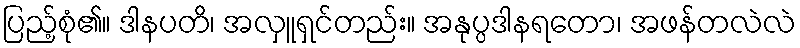
ပြည့်စုံ၏။ ဒါနပတိ၊ အလှူရှင်တည်း။ အနုပ္ပဒါနရတော၊ အဖန်တလဲလဲ